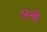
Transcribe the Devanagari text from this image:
अन्हे